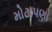
મોટાપણા